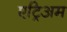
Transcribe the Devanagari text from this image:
एट्रिअम